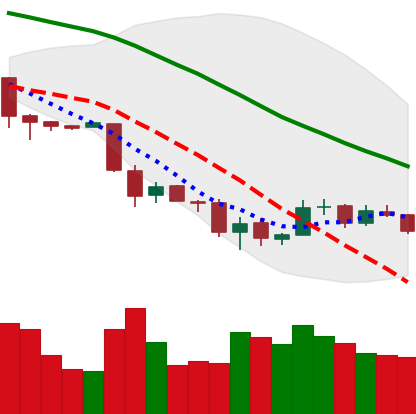
Ticker: BTC-USD
Chart end date: 2018-12-03
Forward return: -10.734%
Label: down_7plus